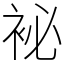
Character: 袐